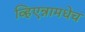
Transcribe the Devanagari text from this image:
व्हिएन्नामधेच